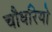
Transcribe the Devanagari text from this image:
चौधरियो